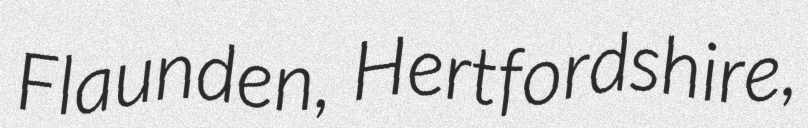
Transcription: Flaunden, Hertfordshire,